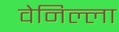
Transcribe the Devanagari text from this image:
वेनिल्ला